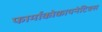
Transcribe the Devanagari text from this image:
फार्माकोकायनेटिक्स